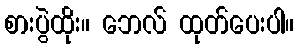
စားပွဲထိုး။ ဘေလ် ထုတ်ပေးပါ။